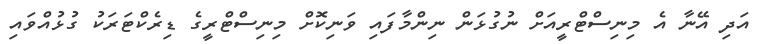
އަދި އޭނާ އެ މިނިސްޓްރީއަށް ނުގުޅަން ނިންމާފައި ވަނިކޮށް މިނިސްޓްރީގެ ޑިރެކްޓަރަކު ގުޅުއްވައި